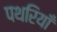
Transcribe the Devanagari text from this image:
पथरियाँ